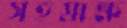
সহস্রাক্ষ